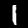
Label: 1